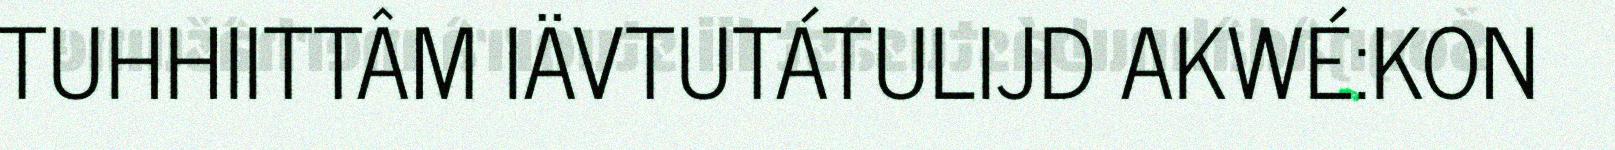
TUHHIITTÂM IÄVTUTÁTULIJD AKWÉ:KON